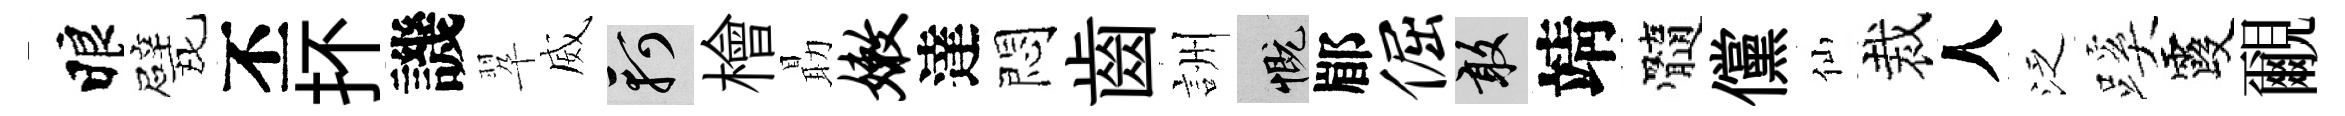
睱戏丕抔譏翆威軻檜朂嫩達悶齒詶慨郿倔敢靖髓儻仙裁人泛蹊霞覼